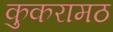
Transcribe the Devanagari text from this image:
कुकरामठ